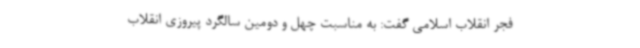
فجر انقلاب اسلامی گفت: به مناسبت چهل و دومین سالگرد پیروزی انقلاب